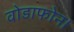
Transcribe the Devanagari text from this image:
वोडाफोन।